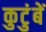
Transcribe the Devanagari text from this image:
कुटुंबें